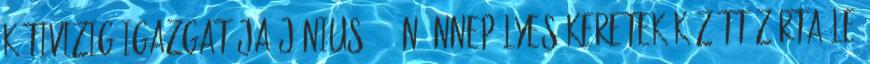
KÖTIVIZIG igazgatója június 26-án ünnepélyes keretek között zárta le